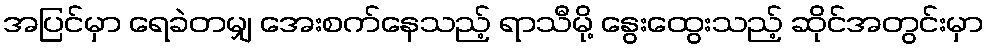
အပြင်မှာ ရေခဲတမျှ အေးစက်နေသည့် ရာသီမို့ နွေးထွေးသည့် ဆိုင်အတွင်းမှာ